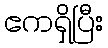
ဧကရှိပြီး